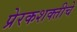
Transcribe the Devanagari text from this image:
प्रेरकशक्तीचे